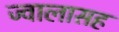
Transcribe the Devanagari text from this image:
ज्वालासह